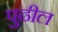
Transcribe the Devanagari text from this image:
पुुढील